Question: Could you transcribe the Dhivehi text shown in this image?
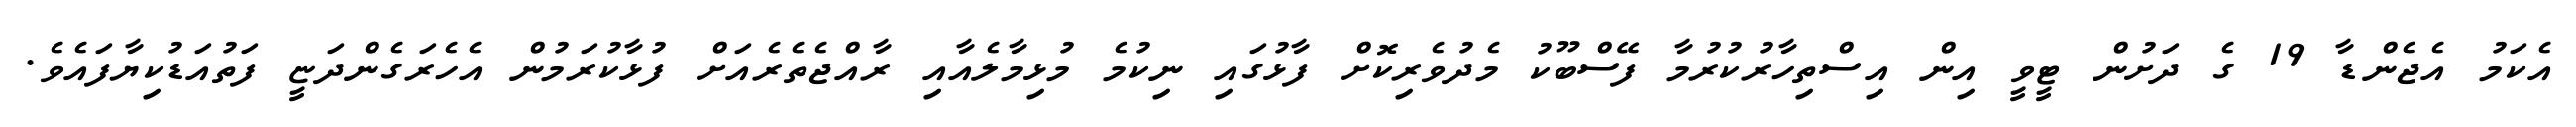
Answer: އެކަމު އެޖެންޑާ 19 ގެ ދަށުން ޓީވީ އިން އިސްތިހާރުކުރުމާ ފޭސްބޫކު މެދުވެރިކޮށް ފާޅުގައި ނިކުމެ މުޅިމާލެއާއި ރާއްޖެތެރެއަށް ފުޅާކުރަމުން އެހެރަގެންދަޏީ ފަތުއަޑުކިޔާފައެވެ.